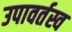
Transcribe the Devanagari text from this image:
उपावर्तस्व